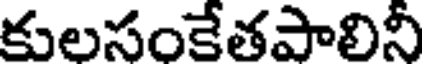
కులసంకేతపాలినీ